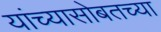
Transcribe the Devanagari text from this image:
यांच्यासोबतच्या